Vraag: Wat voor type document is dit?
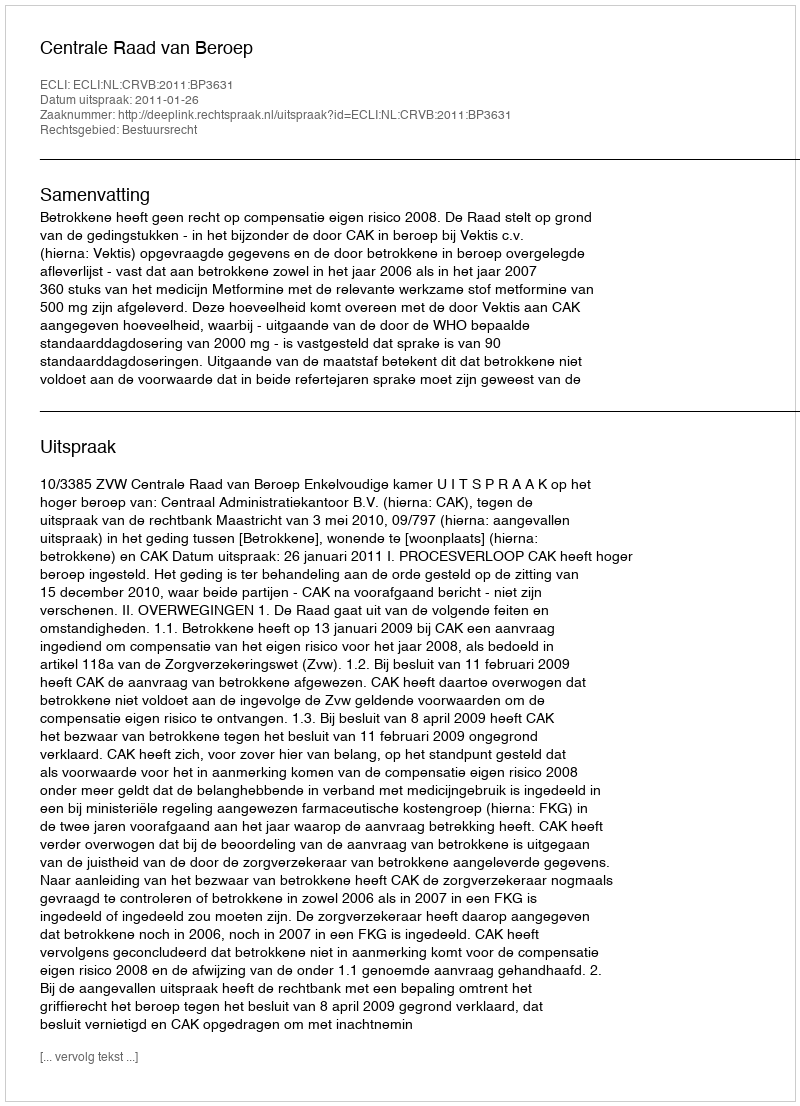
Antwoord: Uitspraak